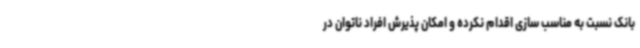
بانک نسبت به مناسب سازی اقدام نکرده و امکان پذیرش افراد ناتوان در